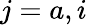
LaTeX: j=a,i